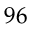
9 6